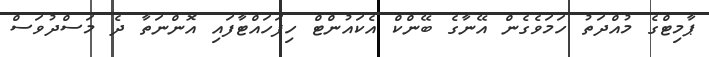
ޕާމިޓްގެ މުއްދަތު ހަމަވެގެން އޭނާގެ ބޭންކް އެކައުންޓް ހިފަހައްޓާފައި އޮންނަތާ ދެ މަސްދުވަސް